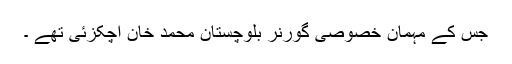
جس کے مہمان خصوصی گورنر بلوچستان محمد خان اچکزئی تھے ۔